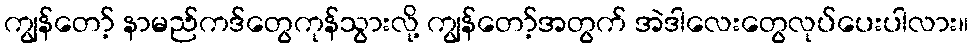
ကျွန်တော့် နာမည်ကဒ်တွေကုန်သွားလို့ ကျွန်တော့်အတွက် အဲဒါလေးတွေလုပ်ပေးပါလား။